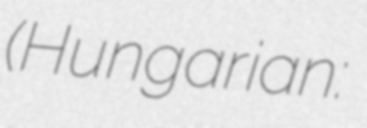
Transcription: (Hungarian: